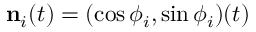
\mathbf { n } _ { i } ( t ) = ( \cos \phi _ { i } , \sin \phi _ { i } ) ( t )